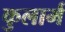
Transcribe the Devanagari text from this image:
कुलार्म